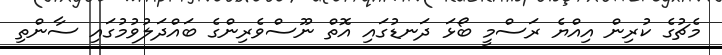
މެޗުގެ ކުރިން އިއްޔެ ރަސްމީ ބޯޅަ ދަނޑުގައި އޮތް ނޫސްވެރިންގެ ބައްދަލުުވުމުގައި ސާންތި